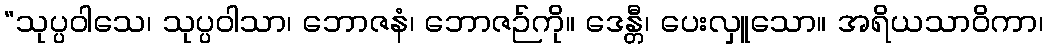
“သုပ္ပဝါသေ၊ သုပ္ပဝါသာ၊ ဘောဇနံ၊ ဘောဇဉ်ကို။ ဒေန္တီ၊ ပေးလှူသော။ အရိယသာဝိကာ၊